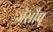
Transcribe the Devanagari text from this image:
जेसौप